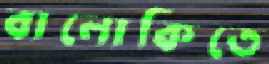
বালোকিতে